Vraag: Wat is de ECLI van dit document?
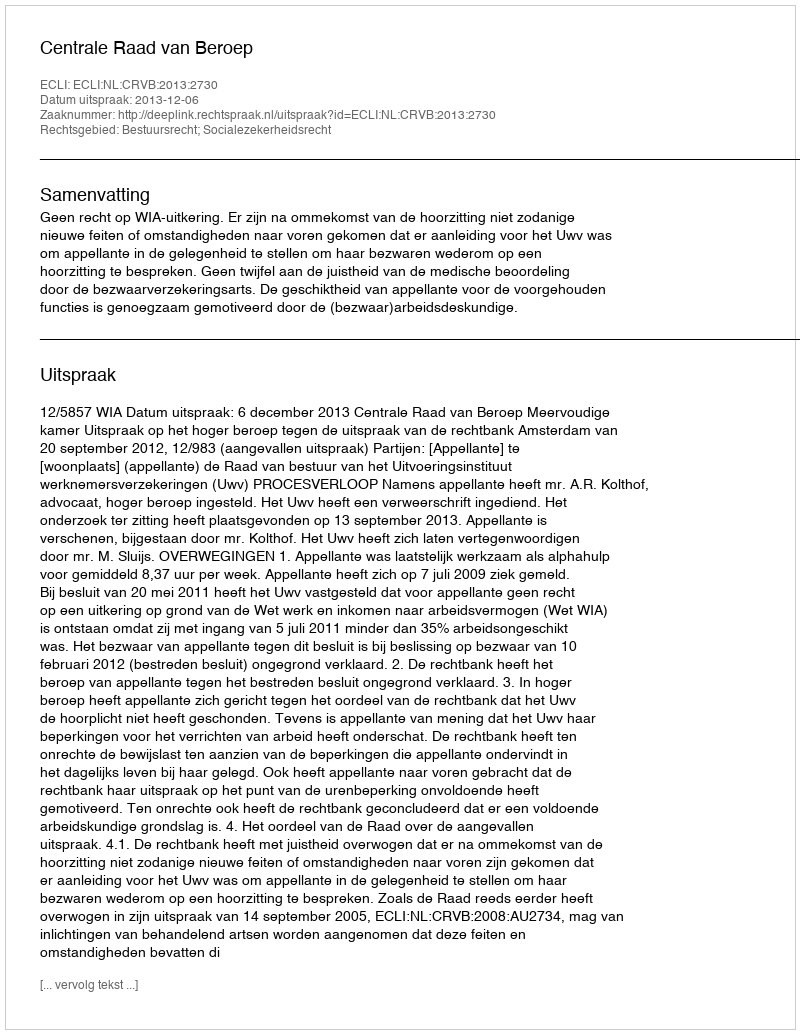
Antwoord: ECLI:NL:CRVB:2013:2730